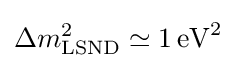
\Delta m_{\text{LSND}}^{2}\simeq 1\,{\mbox{eV}}^{2}